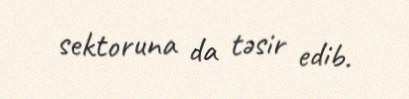
sektoruna da təsir edib.